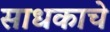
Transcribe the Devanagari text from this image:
साधकाचे